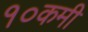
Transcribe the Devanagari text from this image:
१०कमी